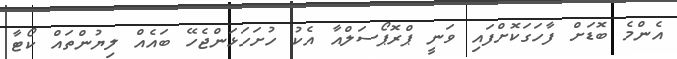
އެންމެ ބޮޑަށް ފާހަގަކޮށްފައި ވަނީ ޕްރޮޕޯސަލްއާ އެކު ހުށަހަޅަންޖެހޭ ބައެއް ލިޔުންތައް ކޯޓާ